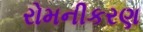
રોમનીકરણ